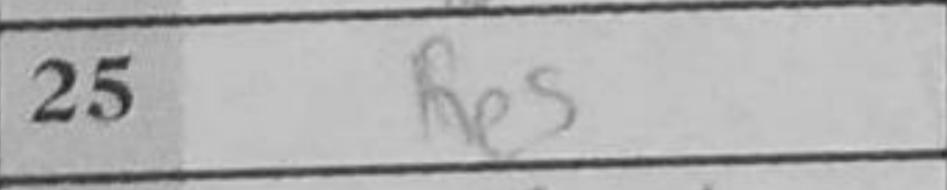
Transcription: Re5